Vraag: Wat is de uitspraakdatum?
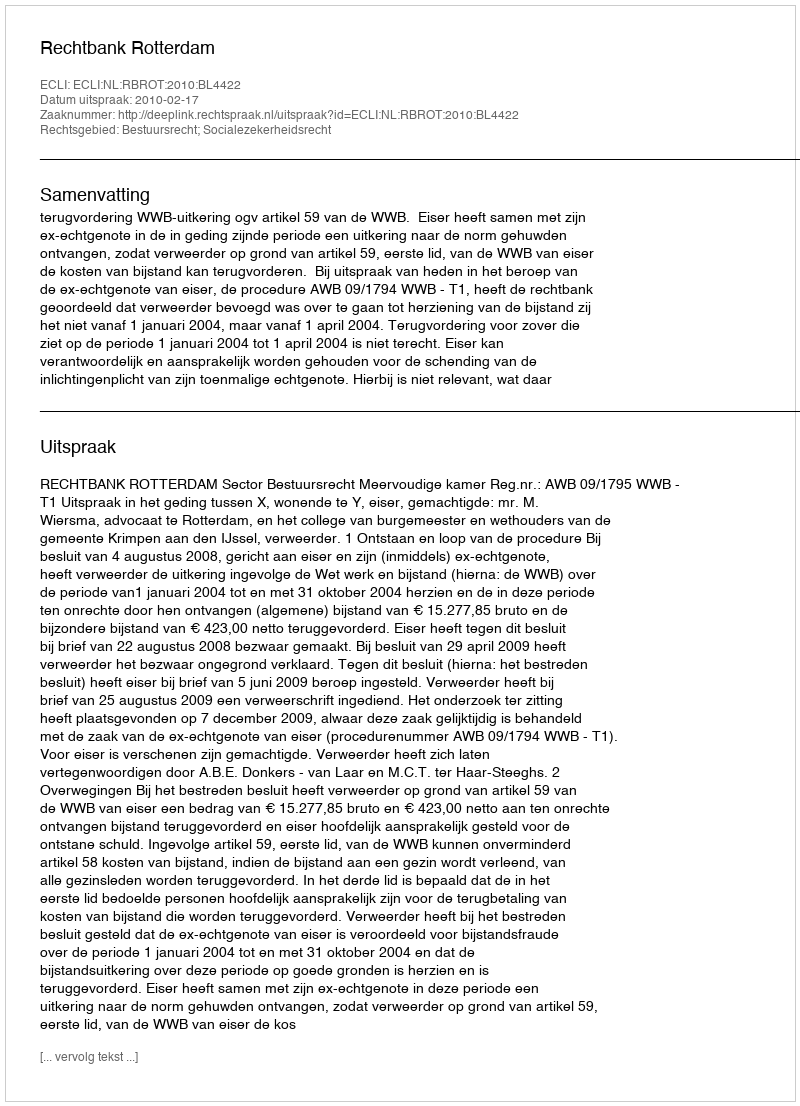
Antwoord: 2010-02-17